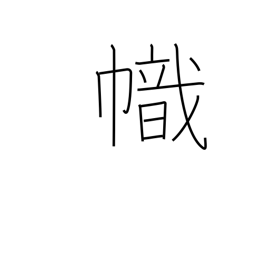
Meaning: streamer